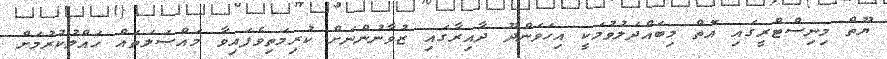
ޔޫތް މިނިސްޓްރީގައި އޮތް މިބައްދަލުވުމަކީ އިހަވަންދޫ ދާއިރާގައި ޒުވާނުންނަށް ކުރިމަތިވެފައިވާ މައްސަލަތައް ހައްލުކުރުމަށް